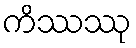
ကိဿဿု